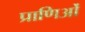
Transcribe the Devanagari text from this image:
प्राणिओं